Civil Veterinary Department Bengal reports 1933-51 - 1933-1951
Year: 1933
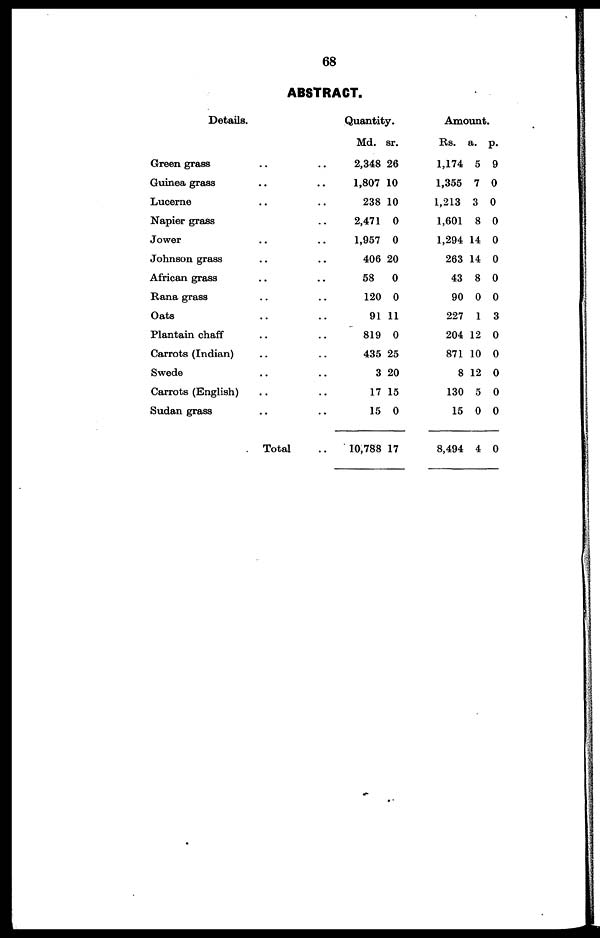
68
ABSTRACT.
Details.
Green grass .. ..
Guinea grass .. ..
Lucerne .. ..
Napier grass .. ..
Jower .. ..
Johnson grass .. ..
African grass .. ..
Rana grass .. ..
Oats .. ..
Plantain chaff .. ..
Carrots (Indian) .. ..
Swede .. ..
Carrots (English) .. ..
Sudan grass .. ..
Total ..
Quantity.
Md.
2,348
1,807
238
2,471
1,957
406
58
120
91
819
435
3
17
15
10,788
sr.
26
10
10
0
0
20
0
0
11
0
25
20
15
0
17
Amount.
Rs.
1,174
1,355
1,213
1,601
1,294
263
43
90
227
204
871
8
130
15
8,494
a.
5
7
3
8
14
14
8
0
1
12
10
12
5
0
4
p.
9
0
0
0
0
0
0
0
3
0
0
0
0
0
0